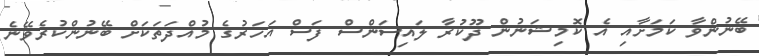
ބޭނުންވާ ކަމަށާއި އެ ކޮމިޝަނުން ދޫކުރާ ލައިސަންސް ފަސް އަހަރުގެ މުއްދަތަކަށް ބޭނުންކުރެވޭނެ